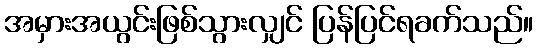
အမှားအယွင်းဖြစ်သွားလျှင် ပြန်ပြင်ရခက်သည်။